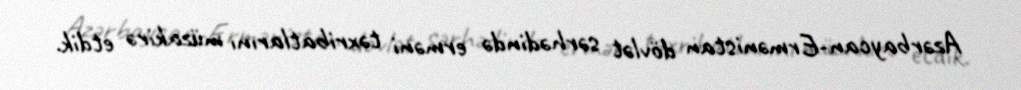
Azərbaycan-Ermənistan dövlət sərhədində erməni təxribatlarını müzakirə etdik.